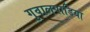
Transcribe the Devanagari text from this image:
गुवालपाडिया